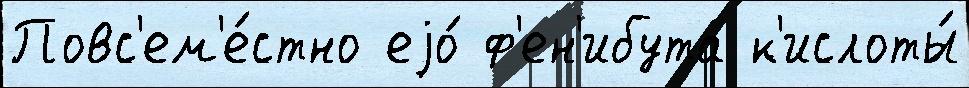
Повс'ем'е́стно еjо́ ф'ен'ибута к'ислоты́